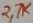
Text: 27K